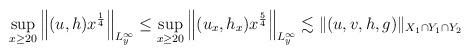
LaTeX: \begin{align*} \sup_{x\geq 20}\left\|(u,h) x^{\frac{1}{4}}\right\|_{L_y^{\infty}} \leq \sup_{x\geq 20}\left\|(u_x,h_x) x^{\frac{5}{4}}\right\|_{L_y^{\infty}} \lesssim \|(u ,v ,h ,g)\|_{X_{1} \cap Y_{1} \cap Y_{2}}\end{align*}